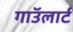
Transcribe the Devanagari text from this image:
गाॅउलार्ट